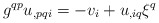
\begin{align*}g^{qp}u_{,pqi}=-v_{i}+u_{,iq}\xi^q\end{align*}